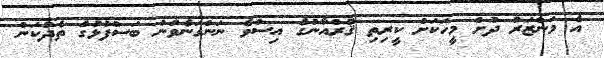
އެ މަންޒަރު ދުށް މީހަކަށް ކީރިތި ޤުރްއާނުގެ އިސްވެ ނަންގަނެވުނު ބަސްފުޅުގެ ތެދުކަން